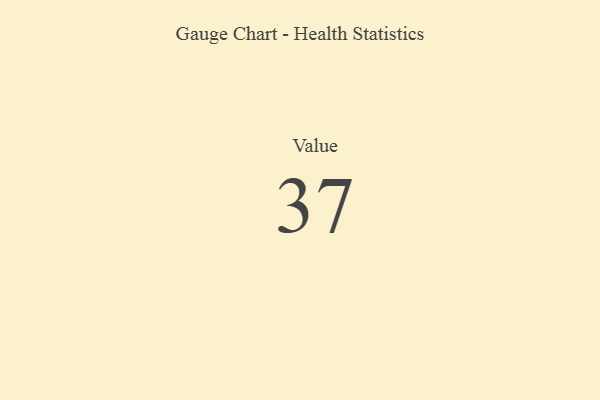
{"axis": {"x": "Metric", "y": "Value"}, "legend": [""], "data": [{"x": "Value", "y": 37, "type": ""}]}